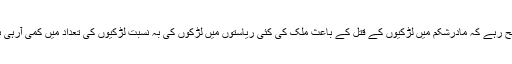
واضح رہے کہ مادرشکم میں لڑکیوں کے قتل کے باعث ملک کی کئی ریاستوں میں لڑکوں کی بہ نسبت لڑکیوں کی تعداد میں کمی آرہی ہے ۔